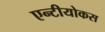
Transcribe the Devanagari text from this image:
एन्टीयोकस